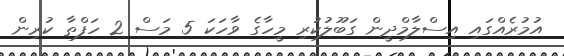
އުމުރެއްގައި އިސްލާމްދީން ގަބޫލުކުރި މީހާގެ ވާހަކަ 5 މަސް 2 ހަފްތާ ކުރިން